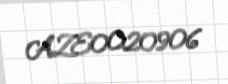
AZE0020906